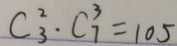
C _ { 3 } ^ { 2 } \cdot C _ { 7 } ^ { 3 } = 1 0 5